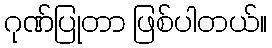
ဂုဏ်ပြုတာ ဖြစ်ပါတယ်။